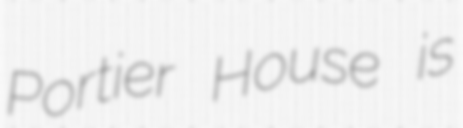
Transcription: Portier House is